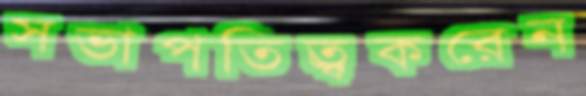
সভাপতিত্ব্রকরেন